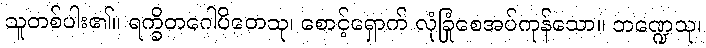
သူတစ်ပါး၏။ ရက္ခိတဂေါပိတေသု၊ စောင့်ရှောက် လုံခြုံစေအပ်ကုန်သော။ ဘဏ္ဍေသု၊